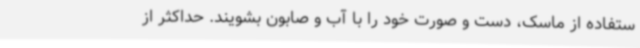
ستفاده از ماسک، دست و صورت خود را با آب و صابون بشویند. حداکثر از